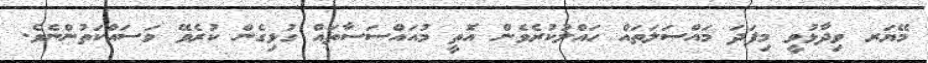
މޭޔަރ ވިދާޅުވީ މިފަދަ މައްސަލަތައް ހައްލުކުރެވެން އޮތީ މުއައްސަސާތައް ގުޅިގެން ކުރެވޭ މަސައްކަތުންނެވެ.